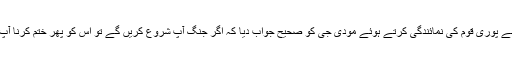
وزیراعظم عمران خان نے پوری قوم کی نمائندگی کرتے ہوئے مودی جی کو صحیح جواب دیا کہ اگر جنگ آپ شروع کریں گے تو اس کو پھر ختم کرنا آپ کے بس میں نہیں ہوگا۔